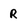
Character: R